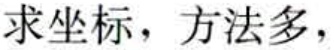
求坐标，方法多，